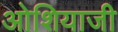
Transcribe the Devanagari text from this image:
ओशियाजी